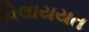
વિલાયયત